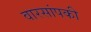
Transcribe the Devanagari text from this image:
वारसांपकी